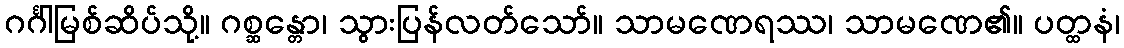
ဂင်္ဂါမြစ်ဆိပ်သို့။ ဂစ္ဆန္တော၊ သွားပြန်လတ်သော်။ သာမဏေရဿ၊ သာမဏေ၏။ ပတ္ထနံ၊